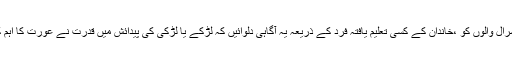
اپنے شوہر اورسسرال والوں کو ،خاندان کے کسی تعلیم یافتہ فرد کے ذریعہ یہ آگاہی دلوائیں کہ لڑکے یا لڑکی کی پیدائش میں قدرت نے عورت کا اہم کردار نہیں رکھا ۔